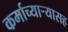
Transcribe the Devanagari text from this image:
कर्माच्यार्‍यासह